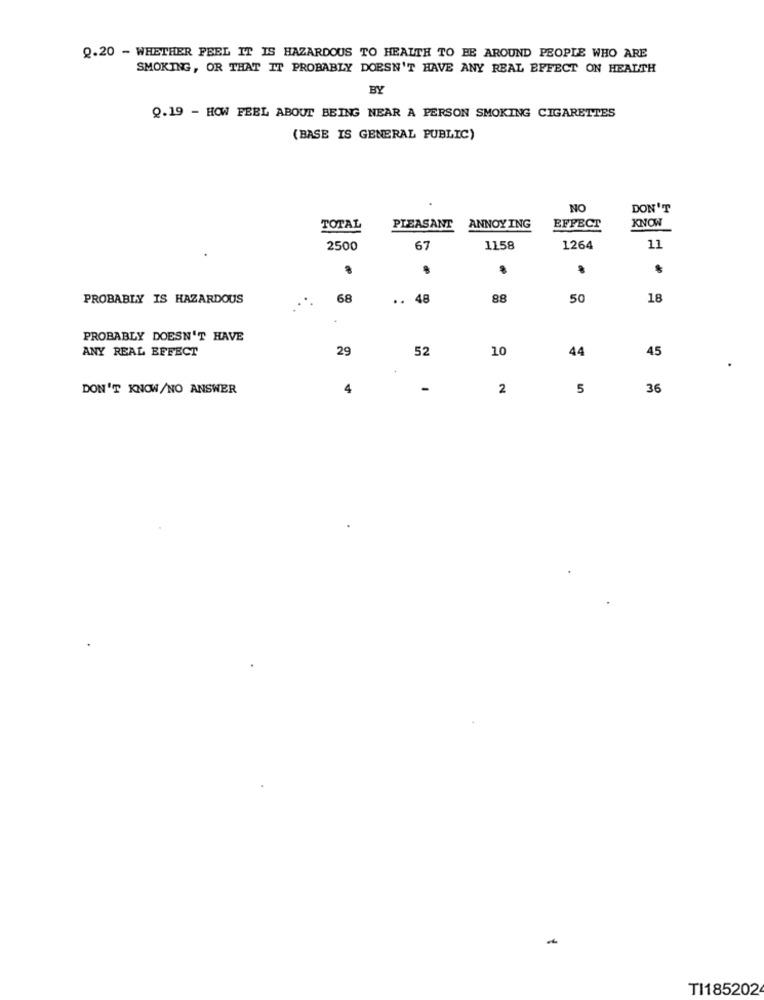
Q.20 - WHETHER FEEL IT IS HAZARDOUS TO HEALTH TO BE AROUND PEOPLE WHO ARE
SMOKING, OR THAT IT PROBABLY DOESN'T HAVE ANY REAL EFFECT ON HEALTH
BY
0.19 - HOW FEEL ABOUT BEING NEAR A PERSON SMOKING CIGARETTES
(BASE IS GENERAL PUBLIC)
NO
DON'T
KNOW
TOTAL
PLEASANT
ANNOYING
EFFECT
2500
67
1158
1264
11
GP
PROBABLY IS HAZARDOUS
68
48
88
50
18
PROBABLY DOESN'T HAVE
ANY REAL EFFECT
29
52
10
44
45
DON'T KNOW/NO ANSWER
4
-
2
5
36
TI185202